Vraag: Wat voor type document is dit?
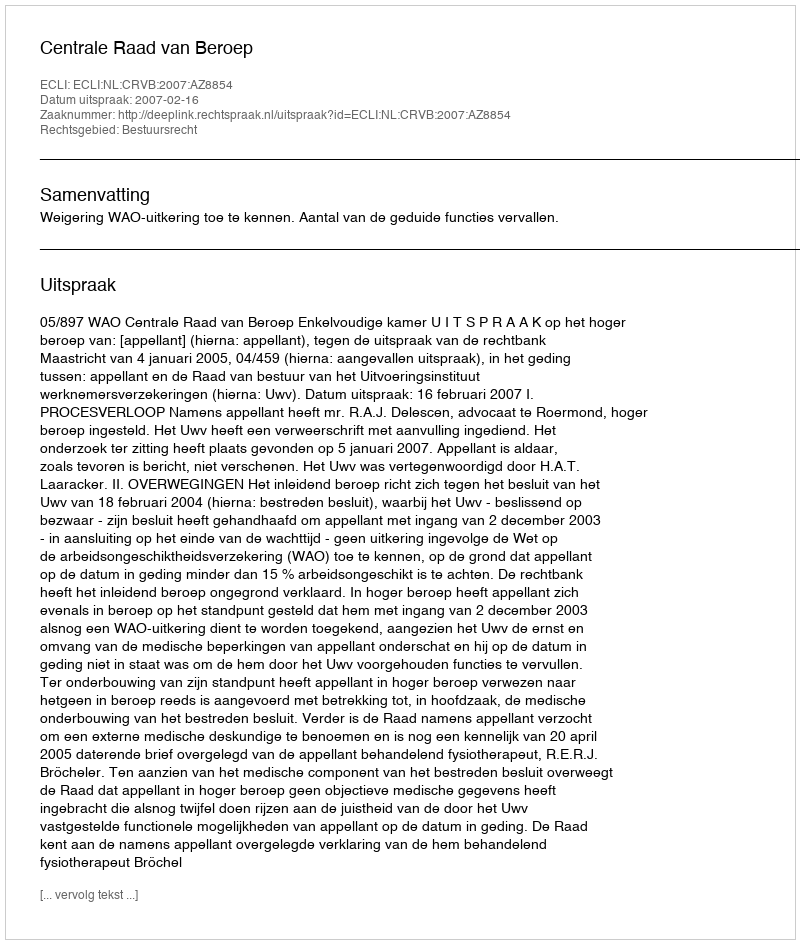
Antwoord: Uitspraak